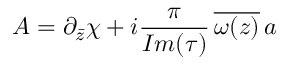
A = \partial _ { \bar { z } } \chi + i { \frac { \pi } { I m ( \tau ) } } \, \overline { { { \omega ( z ) } } } \, a